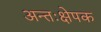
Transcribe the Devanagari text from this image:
अन्तःक्षेपक